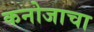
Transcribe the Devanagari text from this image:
कनोजाचा